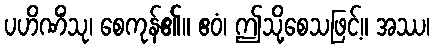
ပဟိဏိံသု၊ စေကုန်၏။ ဧဝံ၊ ဤသို့စေသဖြင့်။ အဿ၊